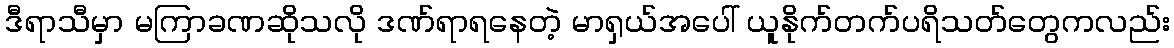
ဒီရာသီမှာ မကြာခဏဆိုသလို ဒဏ်ရာရနေတဲ့ မာရှယ်အပေါ် ယူနိုက်တက်ပရိသတ်တွေကလည်း